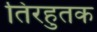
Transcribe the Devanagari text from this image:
तिरहुतक